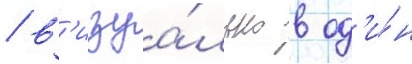
/ в'изуа́льно в од'и́н